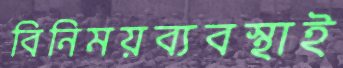
বিনিময়ব্যবস্থাই